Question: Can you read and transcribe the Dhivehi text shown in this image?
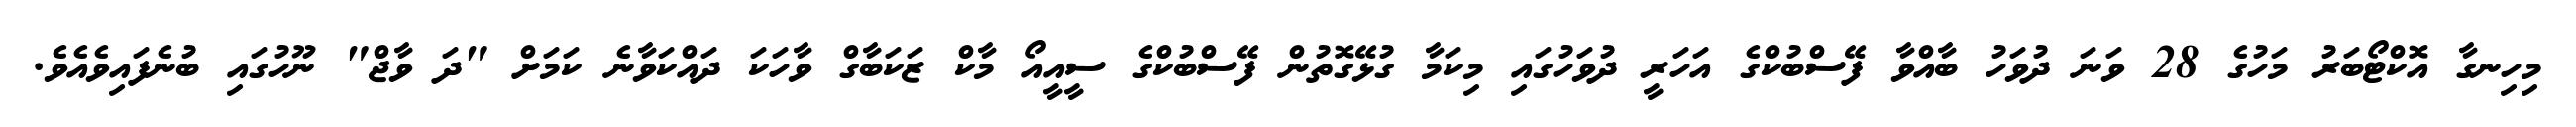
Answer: މިހިނގާ އޮކްޓޯބަރު މަހުގެ 28 ވަނަ ދުވަހު ބާއްވާ ފޭސްބުކްގެ އަހަރީ ދުވަހުގައި މިކަމާ ގުޅޭގޮތުން ފޭސްބުކްގެ ސީއީއޯ މާކް ޒަކަބާގް ވާހަކަ ދައްކަވާނެ ކަމަށް "ދަ ވާޖް" ނޫހުގައި ބުނެފައިވެއެވެ.